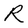
Character: R